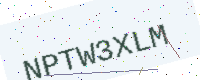
Text: NPTW3XLM